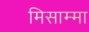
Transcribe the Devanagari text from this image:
मिसाम्मा